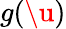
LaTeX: g(\u)